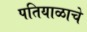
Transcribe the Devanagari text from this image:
पतियाळाचे